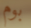
بوم